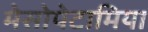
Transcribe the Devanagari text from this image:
मेसोपेटामिया